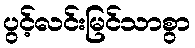
ပွင့်လင်းမြင်သာစွာ